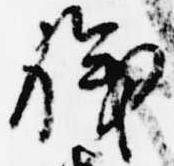
職